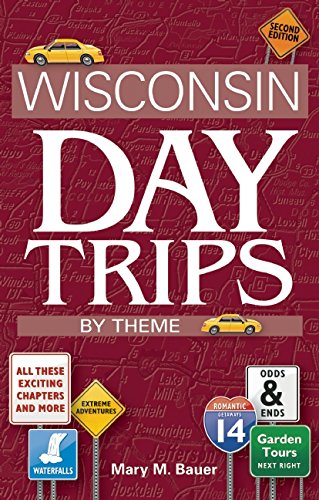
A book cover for Wisconsin Day Trips by Theme, Second Edition; Mary M. Bauer; Travel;